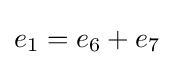
{\textstyle e_{1}=e_{6}+e_{7}}